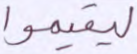
ليقيموا